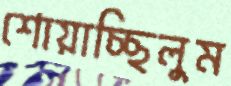
শোয়াচ্ছিলুম